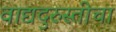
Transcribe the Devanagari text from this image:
वाद्यदुरुस्तीचा